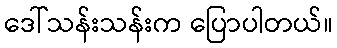
ဒေါ်သန်းသန်းက ပြောပါတယ်။